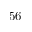
5 6